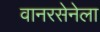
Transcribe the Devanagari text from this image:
वानरसेनेला